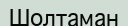
Шолтаман